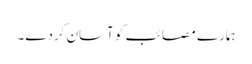
ہمارے مصائب کو آسان کردے۔